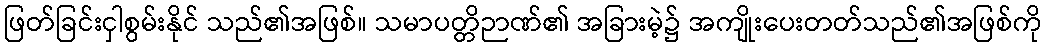
ဖြတ်ခြင်းငှါစွမ်းနိုင် သည်၏အဖြစ်။ သမာပတ္တိဉာဏ်၏ အခြားမဲ့၌ အကျိုးပေးတတ်သည်၏အဖြစ်ကို